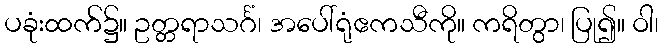
ပခုံးထက်၌။ ဥတ္တရာသင်္ဂံ၊ အပေါ်ရုံဧကသီကို။ ကရိတွာ၊ ပြု၍။ ဝါ၊